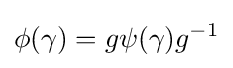
\phi (\gamma )=g\psi (\gamma )g^{-1}